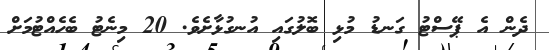
ދެން އެ ޕޭސްޓު ގަނޑު މުޅި ބޮލުގައި އުނގުޅާށެވެ. 20 މިނެޓު ބެހެއްޓުމަށް